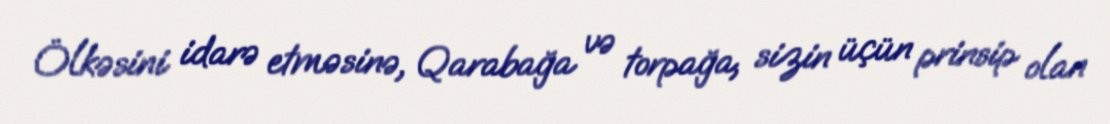
Ölkəsini idarə etməsinə, Qarabağa və torpağa, sizin üçün prinsip olan